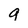
Character: g